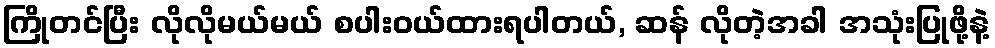
ကြိုတင်ပြီး လိုလိုမယ်မယ် စပါးဝယ်ထားရပါတယ်, ဆန် လိုတဲ့အခါ အသုံးပြုဖို့နဲ့